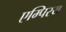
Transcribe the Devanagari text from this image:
एम्पिरय